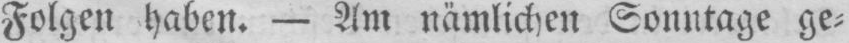
Folgen haben. - Am nämlichen Sonntage ge⸗